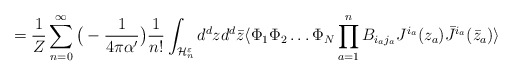
\begin{align*}= {1 \over Z} \sum_{n=0}^{\infty} \big(- {1 \over 4 \pi \alpha '} \big) {1 \over n!}\int_{{\cal H}_n^{\varepsilon}} d^d z d^d \bar{z} \langle \Phi_1 \Phi_2 \dots \Phi_N\prod_{a=1}^n B_{i_a j_a} J^{i_a}(z_a) \bar{J}^{i_a}(\bar{z}_a) \rangle\end{align*}